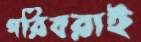
গরিবরাই